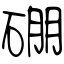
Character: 硼